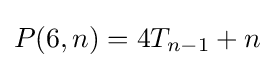
P(6,n)=4T_{n-1}+n